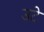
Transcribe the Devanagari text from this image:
उटे